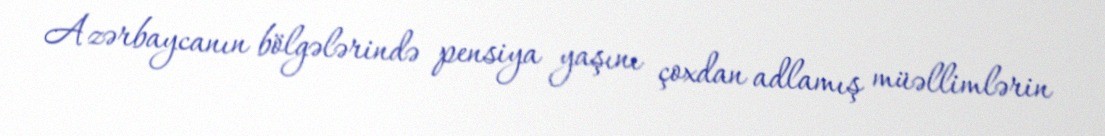
Azərbaycanın bölgələrində pensiya yaşını çoxdan adlamış müəllimlərin